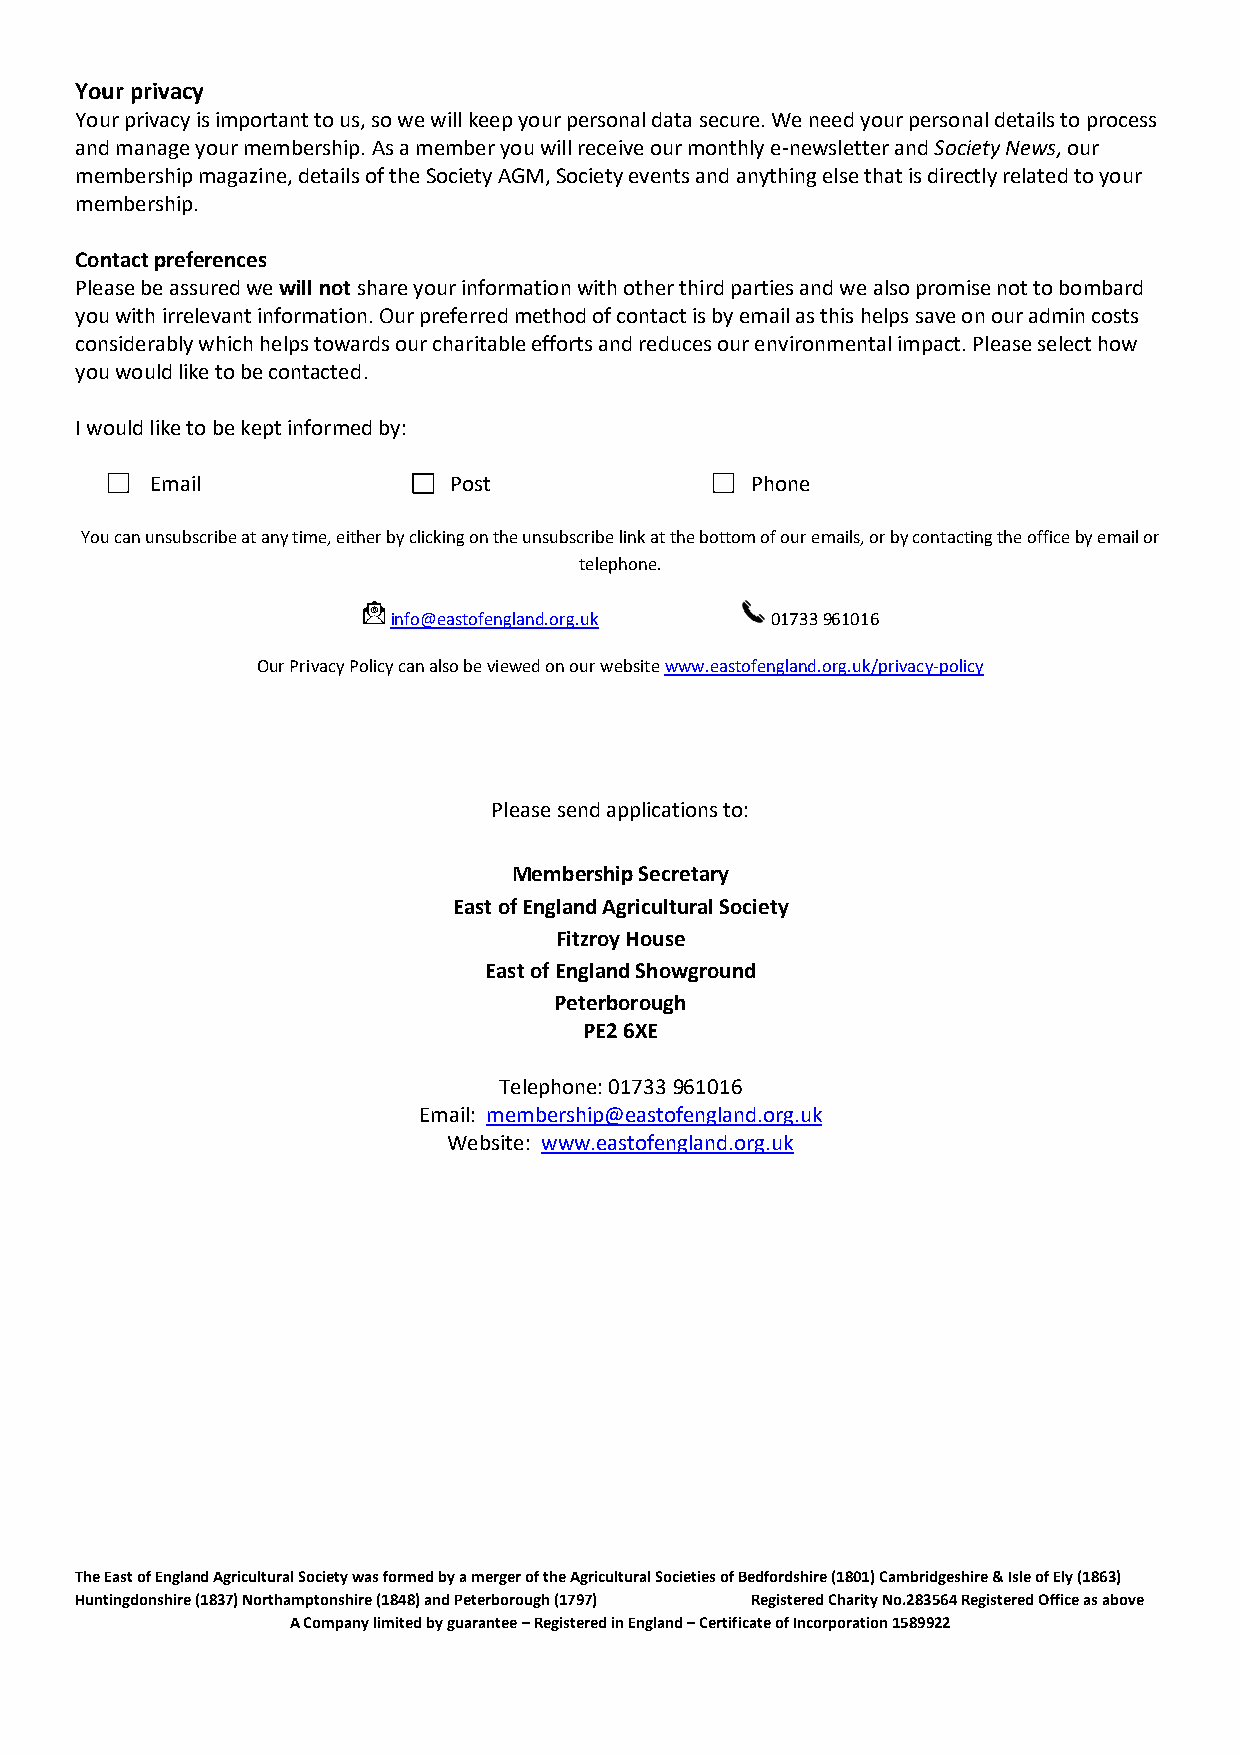
Your privacy
 Your privacy is important to us, so we will keep your personal data secure. We need your personal details to process
 and manage your membership. As a member you will receive our monthly e-newsletter and Society News, our
 membership magazine, details of the Society AGM, Society events and anything else that is directly related to your
 membership.
 Contact preferences
 Please be assured we will not share your information with other third parties and we also promise not to bombard
 you with irrelevant information. Our preferred method of contact is by email as this helps save on our admin costs
 considerably which helps towards our charitable efforts and reduces our environmental impact. Please select how
 you would like to be contacted.
 I would like to be kept informed by:
 Email               Post                Phone
 You can unsubscribe at any time, either by clicking on the unsubscribe link at the bottom of our emails, or by contacting the office by email or
 telephone.
 info@eastofengland.org.uk 01733 961016
 Our Privacy Policy can also be viewed on our website www.eastofengland.org.uk/privacy-policy
 Please send applications to:
 Membership Secretary
 East of England Agricultural Society
 Fitzroy House
 East of England Showground
 Peterborough
 PE2 6XE
 Telephone: 01733 961016
 Email: membership@eastofengland.org.uk
 Website: www.eastofengland.org.uk
 The East of England Agricultural Society was formed by a merger of the Agricultural Societies of Bedfordshire (1801) Cambridgeshire & Isle of Ely (1863)
 Huntingdonshire (1837) Northamptonshire (1848) and Peterborough (1797) Registered Charity No.283564 Registered Office as above
 A Company limited by guarantee – Registered in England – Certificate of Incorporation 1589922